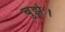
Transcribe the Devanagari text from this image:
बुझे।